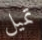
تميل